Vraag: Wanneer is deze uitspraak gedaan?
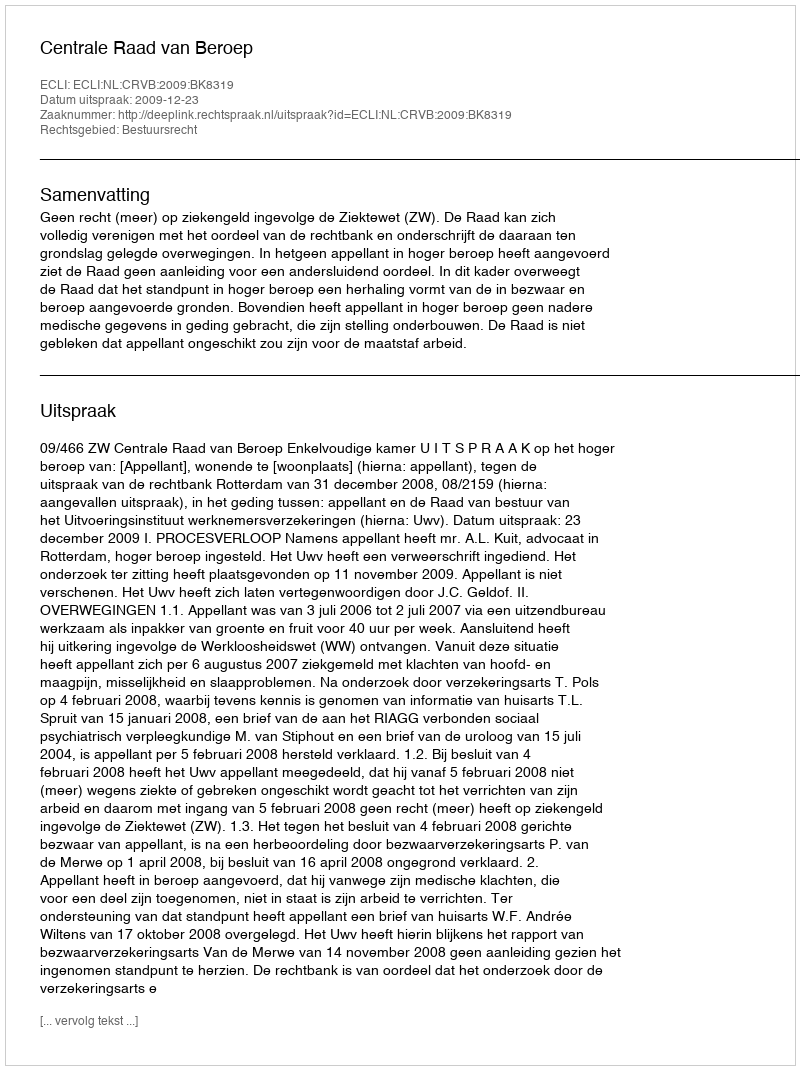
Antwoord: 2009-12-23